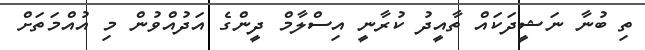
ތި ބުނާ ނަޝީދަކައް ތާއީދު ކުރާނީ އިސްލާމް ދީންގެ އަދުއްވުން މި އުއްމަތަށް